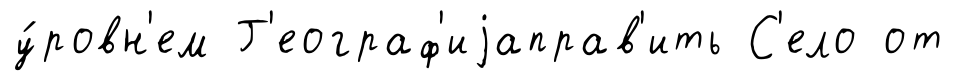
у́ровн'ем Г'еограф'иjаправ'ить С'ело от